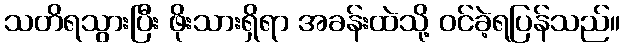
သတိရသွားပြီး ဖိုးသားရှိရာ အခန်းထဲသို့ ဝင်ခဲ့ရပြန်သည်။